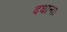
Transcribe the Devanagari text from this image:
दधानाः